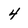
Character: 4